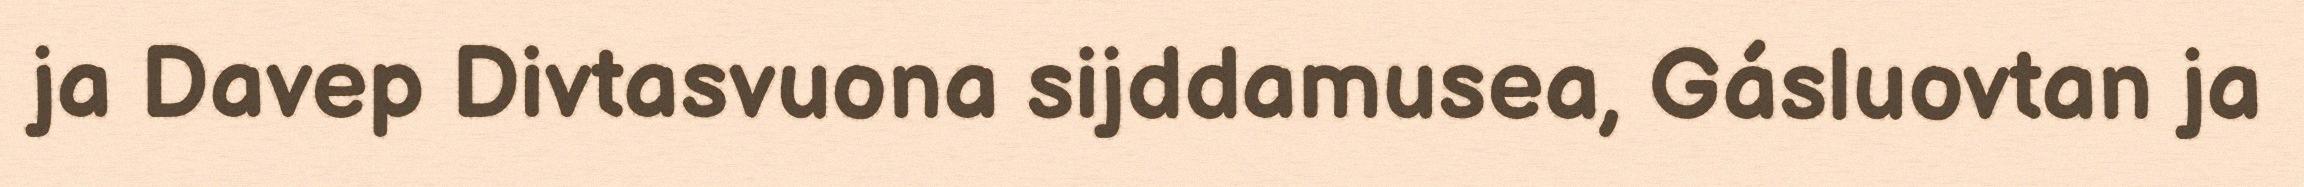
ja Davep Divtasvuona sijddamusea, Gásluovtan ja